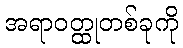
အရာဝတ္ထုတစ်ခုကို